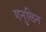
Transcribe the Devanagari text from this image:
गनुलिन